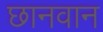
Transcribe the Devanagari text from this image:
छानवान